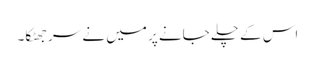
اس کے چلے جانے پر میں نے سر جھٹکا۔